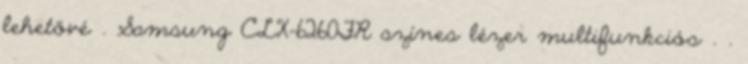
lehetővé . Samsung CLX-6260FR színes lézer multifunkciós . .